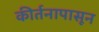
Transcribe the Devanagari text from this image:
कीर्तनापासून